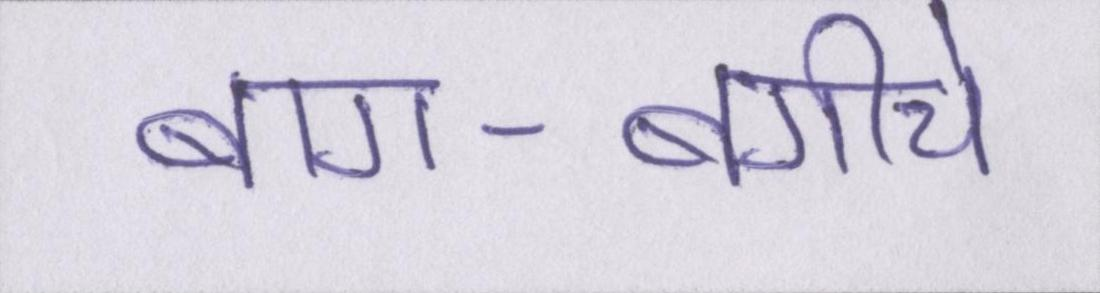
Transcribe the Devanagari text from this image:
बाग-बगीचे